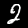
Label: 2